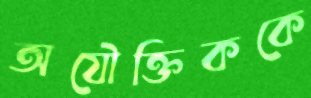
অযৌক্তিককে